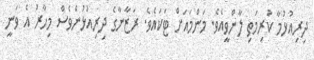
ދިރިއުޅުމާ ކުރިމަތި ލާންވީއެވެ. މަންމައަށް ޓަކައެވެ. ރަޒާނާގެ ދިރިއުޅުންވެސް މިހާރު އެ ވަނީ